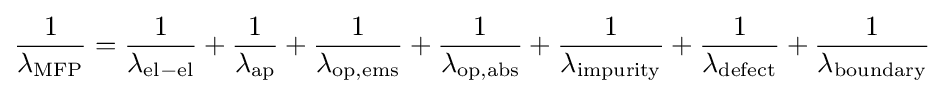
{\frac {1}{\lambda _{\mathrm {MFP} }}}={\frac {1}{\lambda _{\mathrm {el-el} }}}+{\frac {1}{\lambda _{\mathrm {ap} }}}+{\frac {1}{\lambda _{\mathrm {op,ems} }}}+{\frac {1}{\lambda _{\mathrm {op,abs} }}}+{\frac {1}{\lambda _{\mathrm {impurity} }}}+{\frac {1}{\lambda _{\mathrm {defect} }}}+{\frac {1}{\lambda _{\mathrm {boundary} }}}